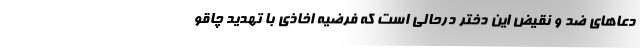
دعا‌های ضد و نقیض این دختر درحالی است که فرضیه اخاذی با تهدید چاقو